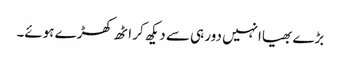
بڑے بھیاانہیں دور ہی سے دیکھ کر اٹھ کھڑے ہوئے۔